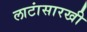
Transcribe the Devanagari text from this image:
लाटांसारखी